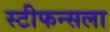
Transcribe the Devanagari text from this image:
स्टीफन्सला